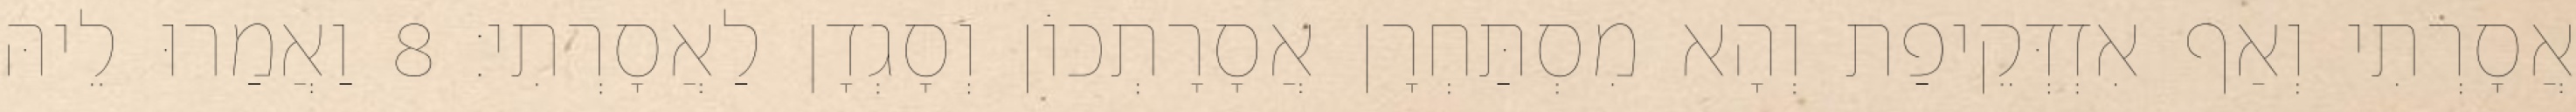
אֲסָרְתִי וְאַף אִזְדְּקֵיפַת וְהָא מִסְתַּחְרָן אֲסָרָתְכוֹן וְסָגְדָן לַאֲסָרְתִי׃ 8 וַאֲמַרוּ לֵיהּ